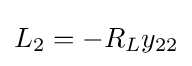
L_{2}=-R_{L}y_{22}